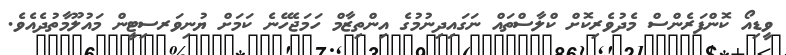
ވީޑިއޯ ކޮންފަރެންސް މެދުވެރިކޮށް ކްލާސްތައް ނަގައިދިނުމުގެ އިންތިޒާމް ހަމަޖެހޭނެ ކަމަށް ޔުނިވަރސިޓީން މައުލޫމާތުދެއެވެ.